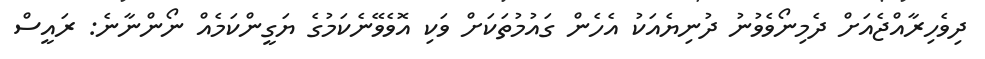
ދިވެހިރާއްޖެއަށް ދެމިނޯވެވުނު ދުނިޔެއަކު އެހެން ގައުމުތަކަށް ވަކި އޮވެވޭނެކަމުގެ ޔަގީންކަމެއް ނޯންނާނެ: ރައީސް